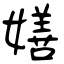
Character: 嫸